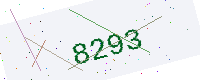
Text: 8293